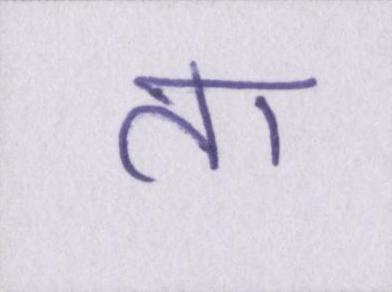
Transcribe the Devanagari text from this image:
ता